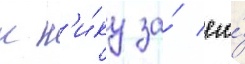
к н'и́ку за́ его́